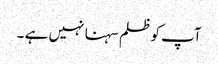
آپ کو ظلم سہنا نہیں ہے ۔